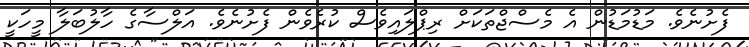
ފެށުނެވެ. މަޑުމަޑުން އެ މެސްޖްތަކަށް ރިޕްލައިވެސް ކުރެވެން ފެށުނެވެ. އަލްސާގެ ހާލުބަލާ މީހަކީ